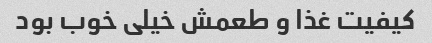
کیفیت غذا و طعمش خیلی خوب بود